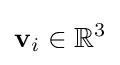
\mathbf {v} _{i}\in \mathbb {R} ^{3}